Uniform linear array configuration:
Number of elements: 24
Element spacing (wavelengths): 1
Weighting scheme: blackman
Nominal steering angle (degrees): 30
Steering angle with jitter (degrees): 29.634
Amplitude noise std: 0.05
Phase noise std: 0.05

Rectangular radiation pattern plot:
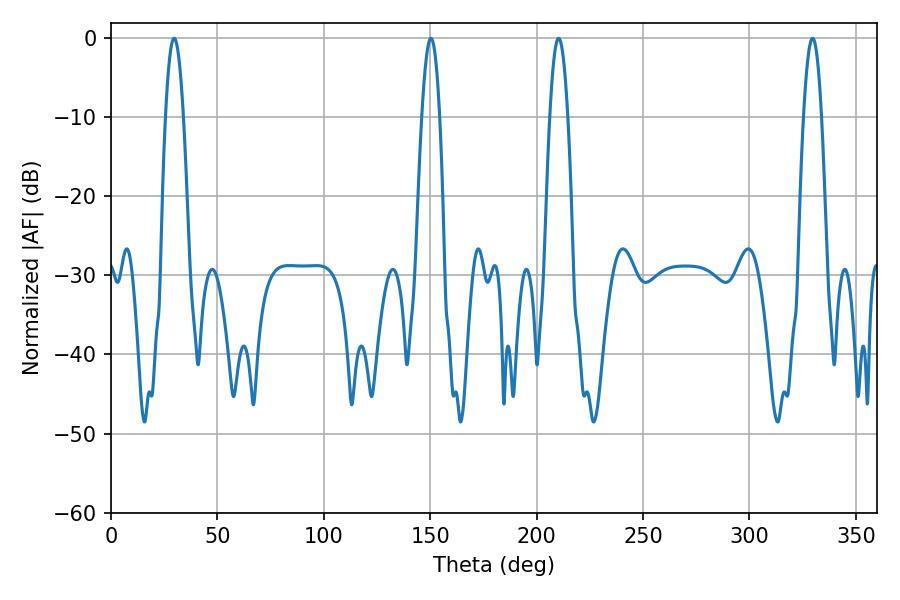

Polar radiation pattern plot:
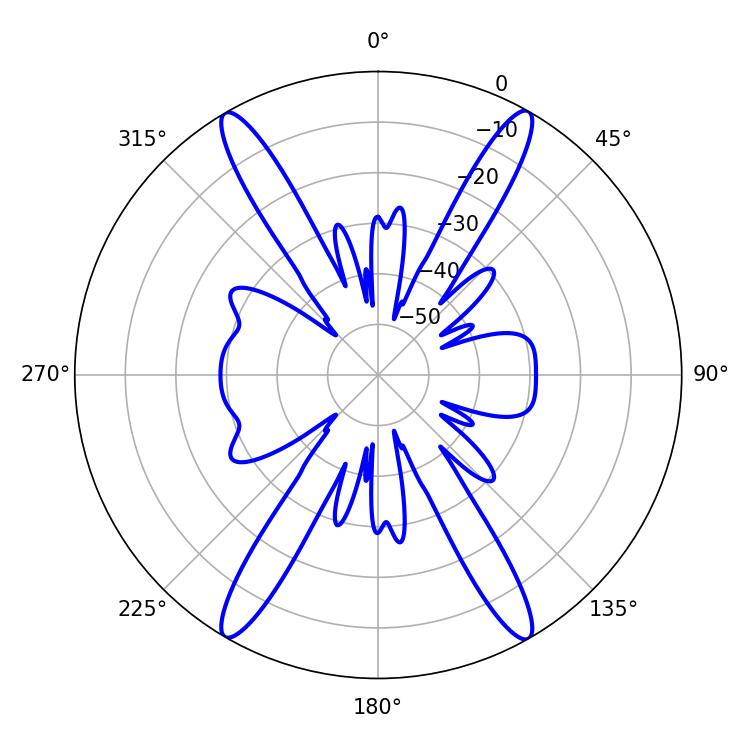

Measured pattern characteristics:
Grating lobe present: TRUE
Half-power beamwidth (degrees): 4.68
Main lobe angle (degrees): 29.7